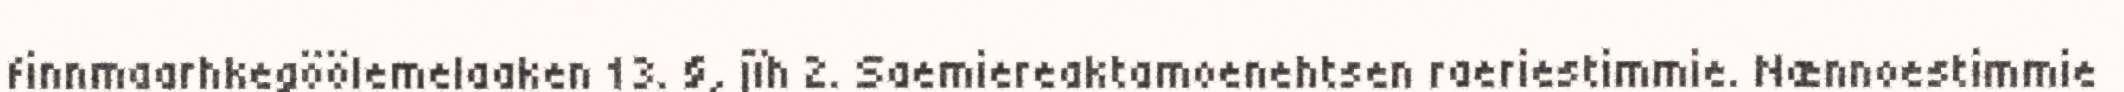
finnmaarhkegöölemelaaken 13. §, jïh 2. Saemiereaktamoenehtsen raeriestimmie. Nænnoestimmie